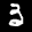
Label: 3